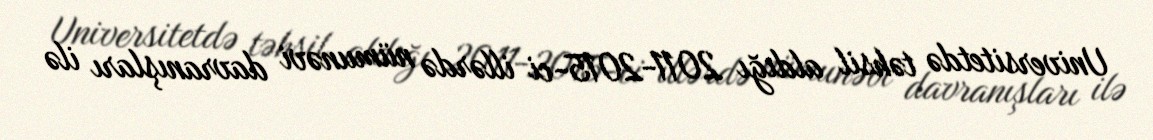
Universitetdə təhsil aldığı 2011-2015-ci illərdə nümunəvi davranışları ilə